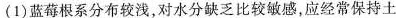
(1)蓝莓根系分布较浅，对水分缺乏比较敏感，应经常保持土